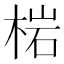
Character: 𭪦